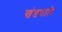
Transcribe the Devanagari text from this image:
खंडवाले